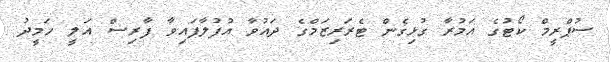
ސުޕްރީމް ކޯޓުގެ އަމުރާ ގުޅިގެން ޓެރަރިޒަމްގެ ދައުވާ އުފުލާފައިވާ ފާރިސް އަލީ ހަމީދު